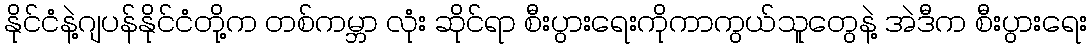
နိုင်ငံနဲ့ဂျပန်နိုင်ငံတို့က တစ်ကမ္ဘာ လုံး ဆိုင်ရာ စီးပွားရေးကိုကာကွယ်သူတွေနဲ့ အဲဒီက စီးပွားရေး